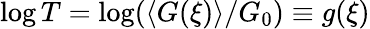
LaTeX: \log T=\log(\langle G(\xi)\rangle/G_{0})\equiv g(\xi)